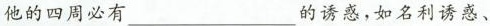
他的四周必有___ 的诱惑，如名利诱惑